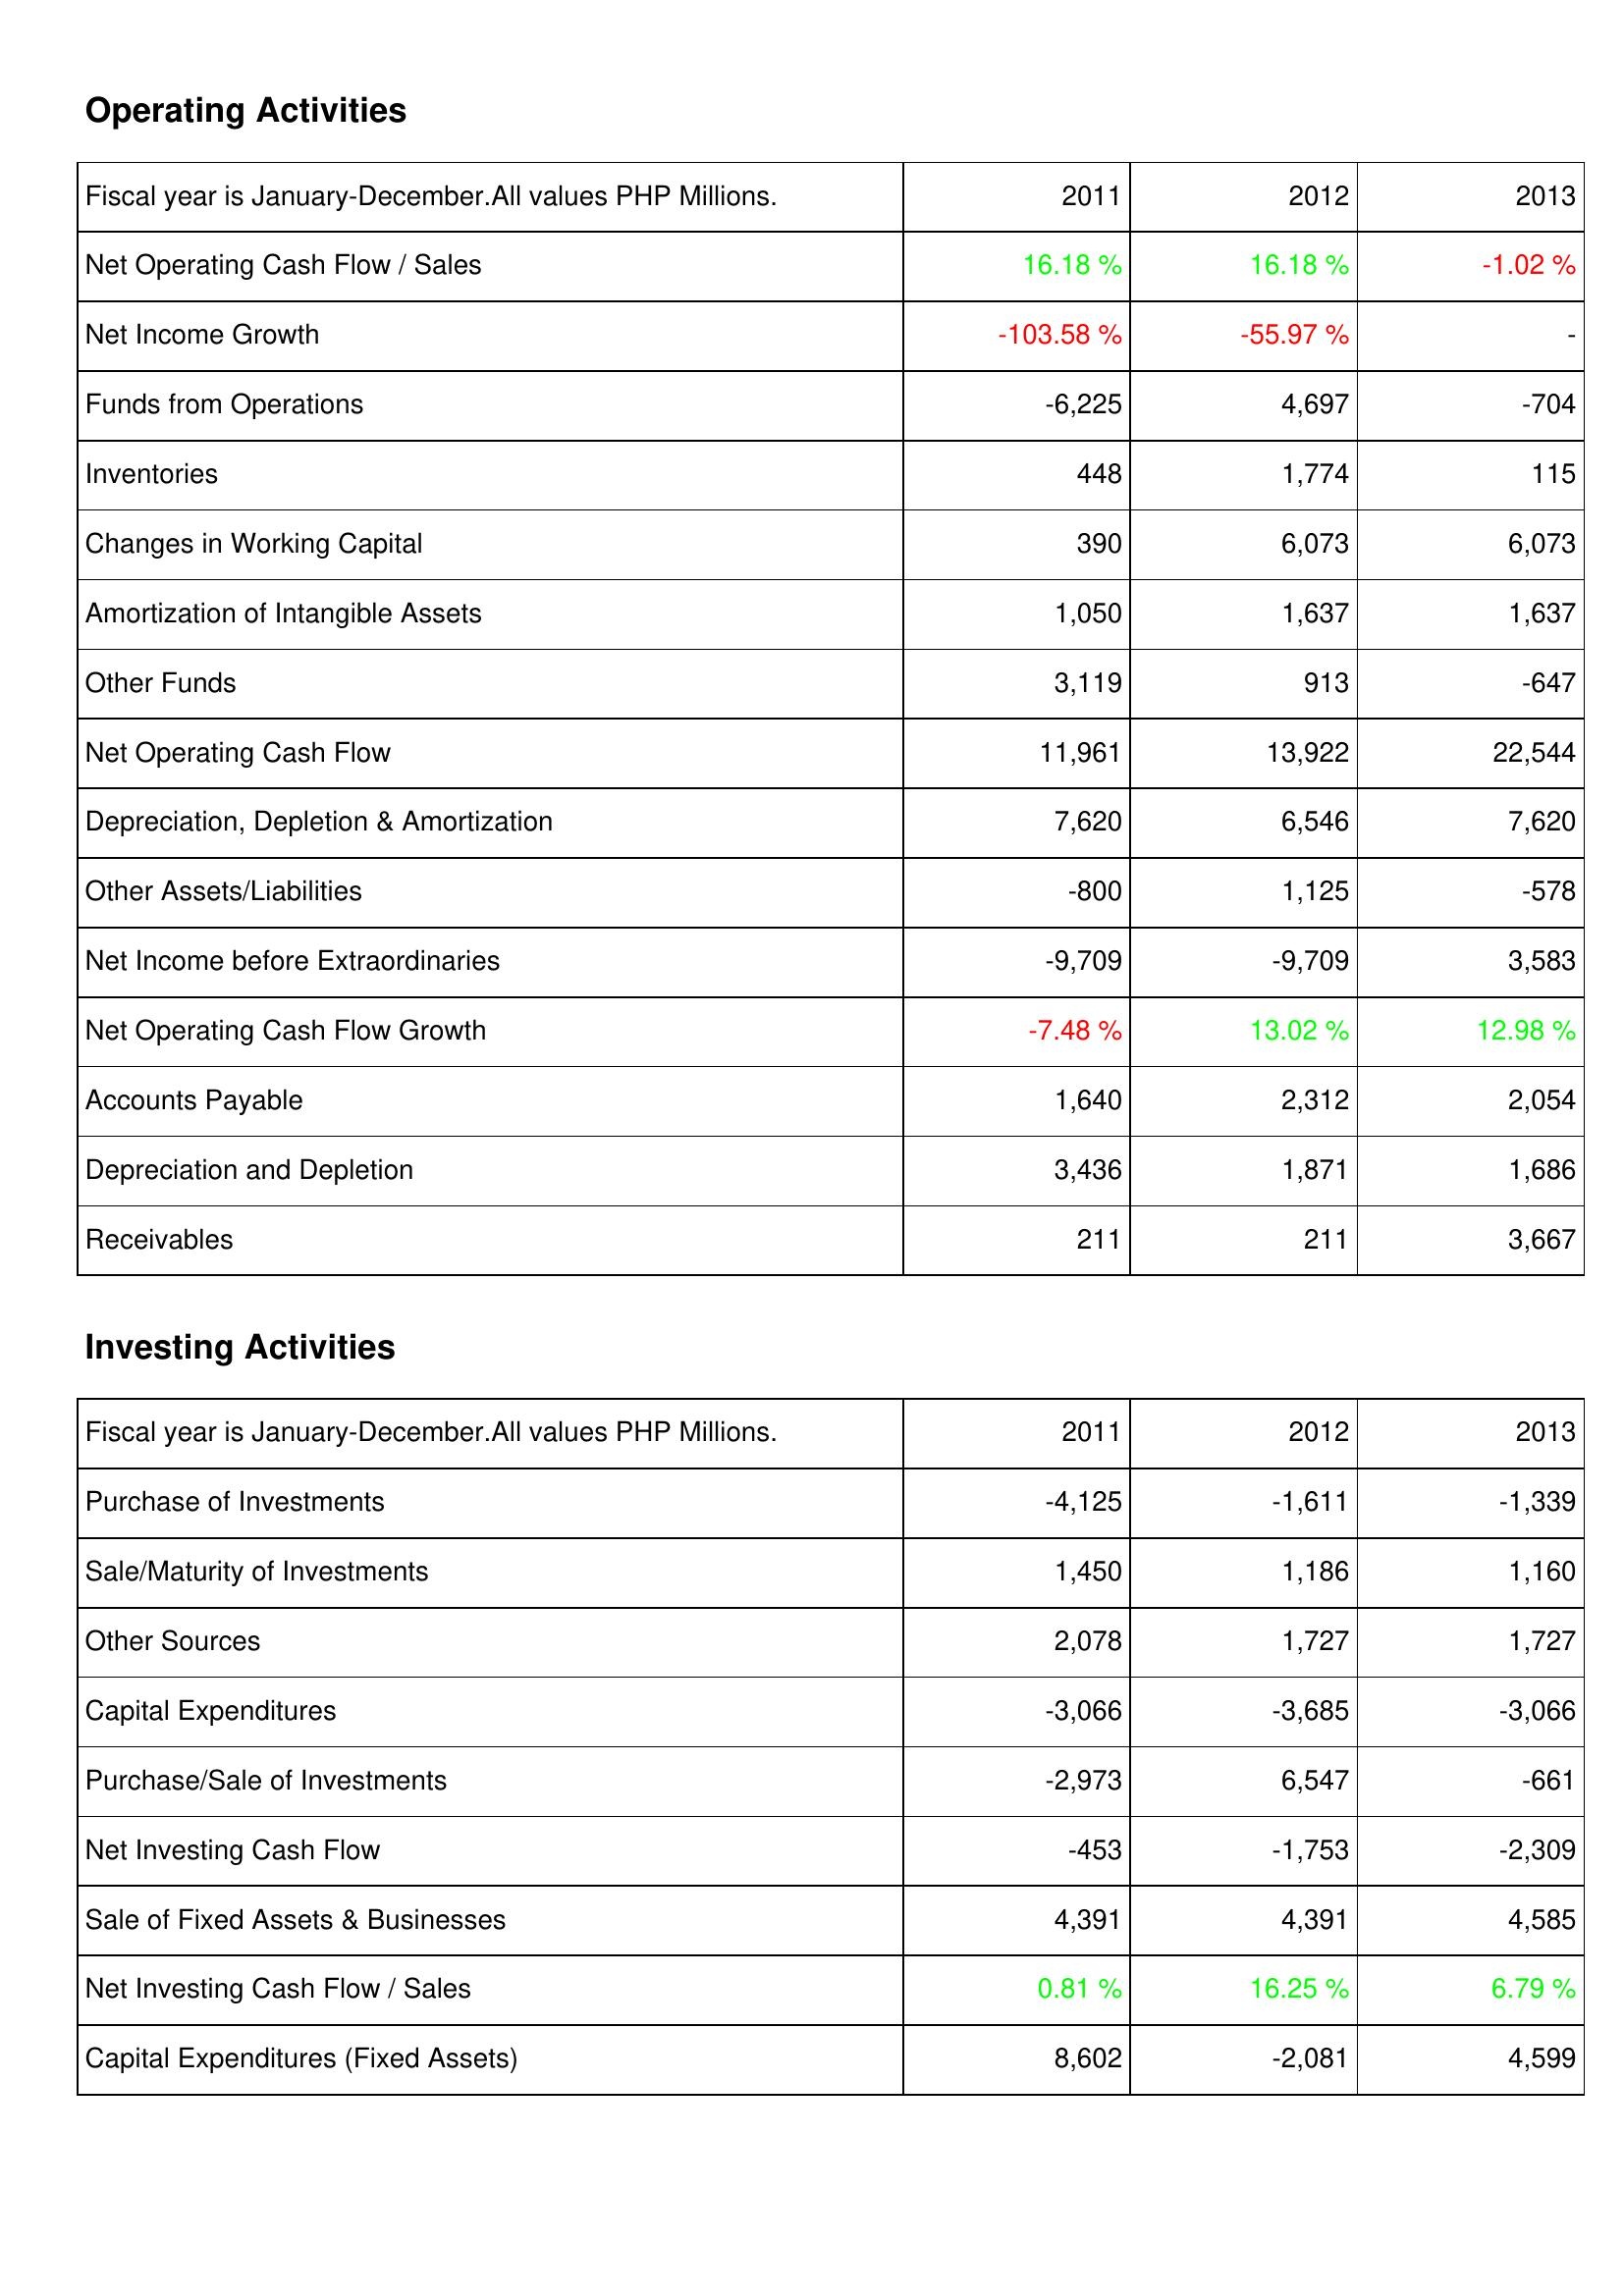
2011: Operating Activities: Net Operating Cash Flow / Sales: 16.18 %
Net Income Growth: -103.58 %
Funds from Operations: -6,225
Inventories: 448
Changes in Working Capital: 390
Amortization of Intangible Assets: 1,050
Other Funds: 3,119
Net Operating Cash Flow: 11,961
Depreciation, Depletion & Amortization: 7,620
Other Assets/Liabilities: -800
Net Income before Extraordinaries: -9,709
Net Operating Cash Flow Growth: -7.48 %
Accounts Payable: 1,640
Depreciation and Depletion: 3,436
Receivables: 211
Investing Activities: Purchase of Investments: -4,125
Sale/Maturity of Investments: 1,450
Other Sources: 2,078
Capital Expenditures: -3,066
Purchase/Sale of Investments: -2,973
Net Investing Cash Flow: -453
Sale of Fixed Assets & Businesses: 4,391
Net Investing Cash Flow / Sales: 0.81 %
Capital Expenditures (Fixed Assets): 8,602
2012: Operating Activities: Net Operating Cash Flow / Sales: 16.18 %
Net Income Growth: -55.97 %
Funds from Operations: 4,697
Inventories: 1,774
Changes in Working Capital: 6,073
Amortization of Intangible Assets: 1,637
Other Funds: 913
Net Operating Cash Flow: 13,922
Depreciation, Depletion & Amortization: 6,546
Other Assets/Liabilities: 1,125
Net Income before Extraordinaries: -9,709
Net Operating Cash Flow Growth: 13.02 %
Accounts Payable: 2,312
Depreciation and Depletion: 1,871
Receivables: 211
Investing Activities: Purchase of Investments: -1,611
Sale/Maturity of Investments: 1,186
Other Sources: 1,727
Capital Expenditures: -3,685
Purchase/Sale of Investments: 6,547
Net Investing Cash Flow: -1,753
Sale of Fixed Assets & Businesses: 4,391
Net Investing Cash Flow / Sales: 16.25 %
Capital Expenditures (Fixed Assets): -2,081
2013: Operating Activities: Net Operating Cash Flow / Sales: -1.02 %
Net Income Growth: -
Funds from Operations: -704
Inventories: 115
Changes in Working Capital: 6,073
Amortization of Intangible Assets: 1,637
Other Funds: -647
Net Operating Cash Flow: 22,544
Depreciation, Depletion & Amortization: 7,620
Other Assets/Liabilities: -578
Net Income before Extraordinaries: 3,583
Net Operating Cash Flow Growth: 12.98 %
Accounts Payable: 2,054
Depreciation and Depletion: 1,686
Receivables: 3,667
Investing Activities: Purchase of Investments: -1,339
Sale/Maturity of Investments: 1,160
Other Sources: 1,727
Capital Expenditures: -3,066
Purchase/Sale of Investments: -661
Net Investing Cash Flow: -2,309
Sale of Fixed Assets & Businesses: 4,585
Net Investing Cash Flow / Sales: 6.79 %
Capital Expenditures (Fixed Assets): 4,599